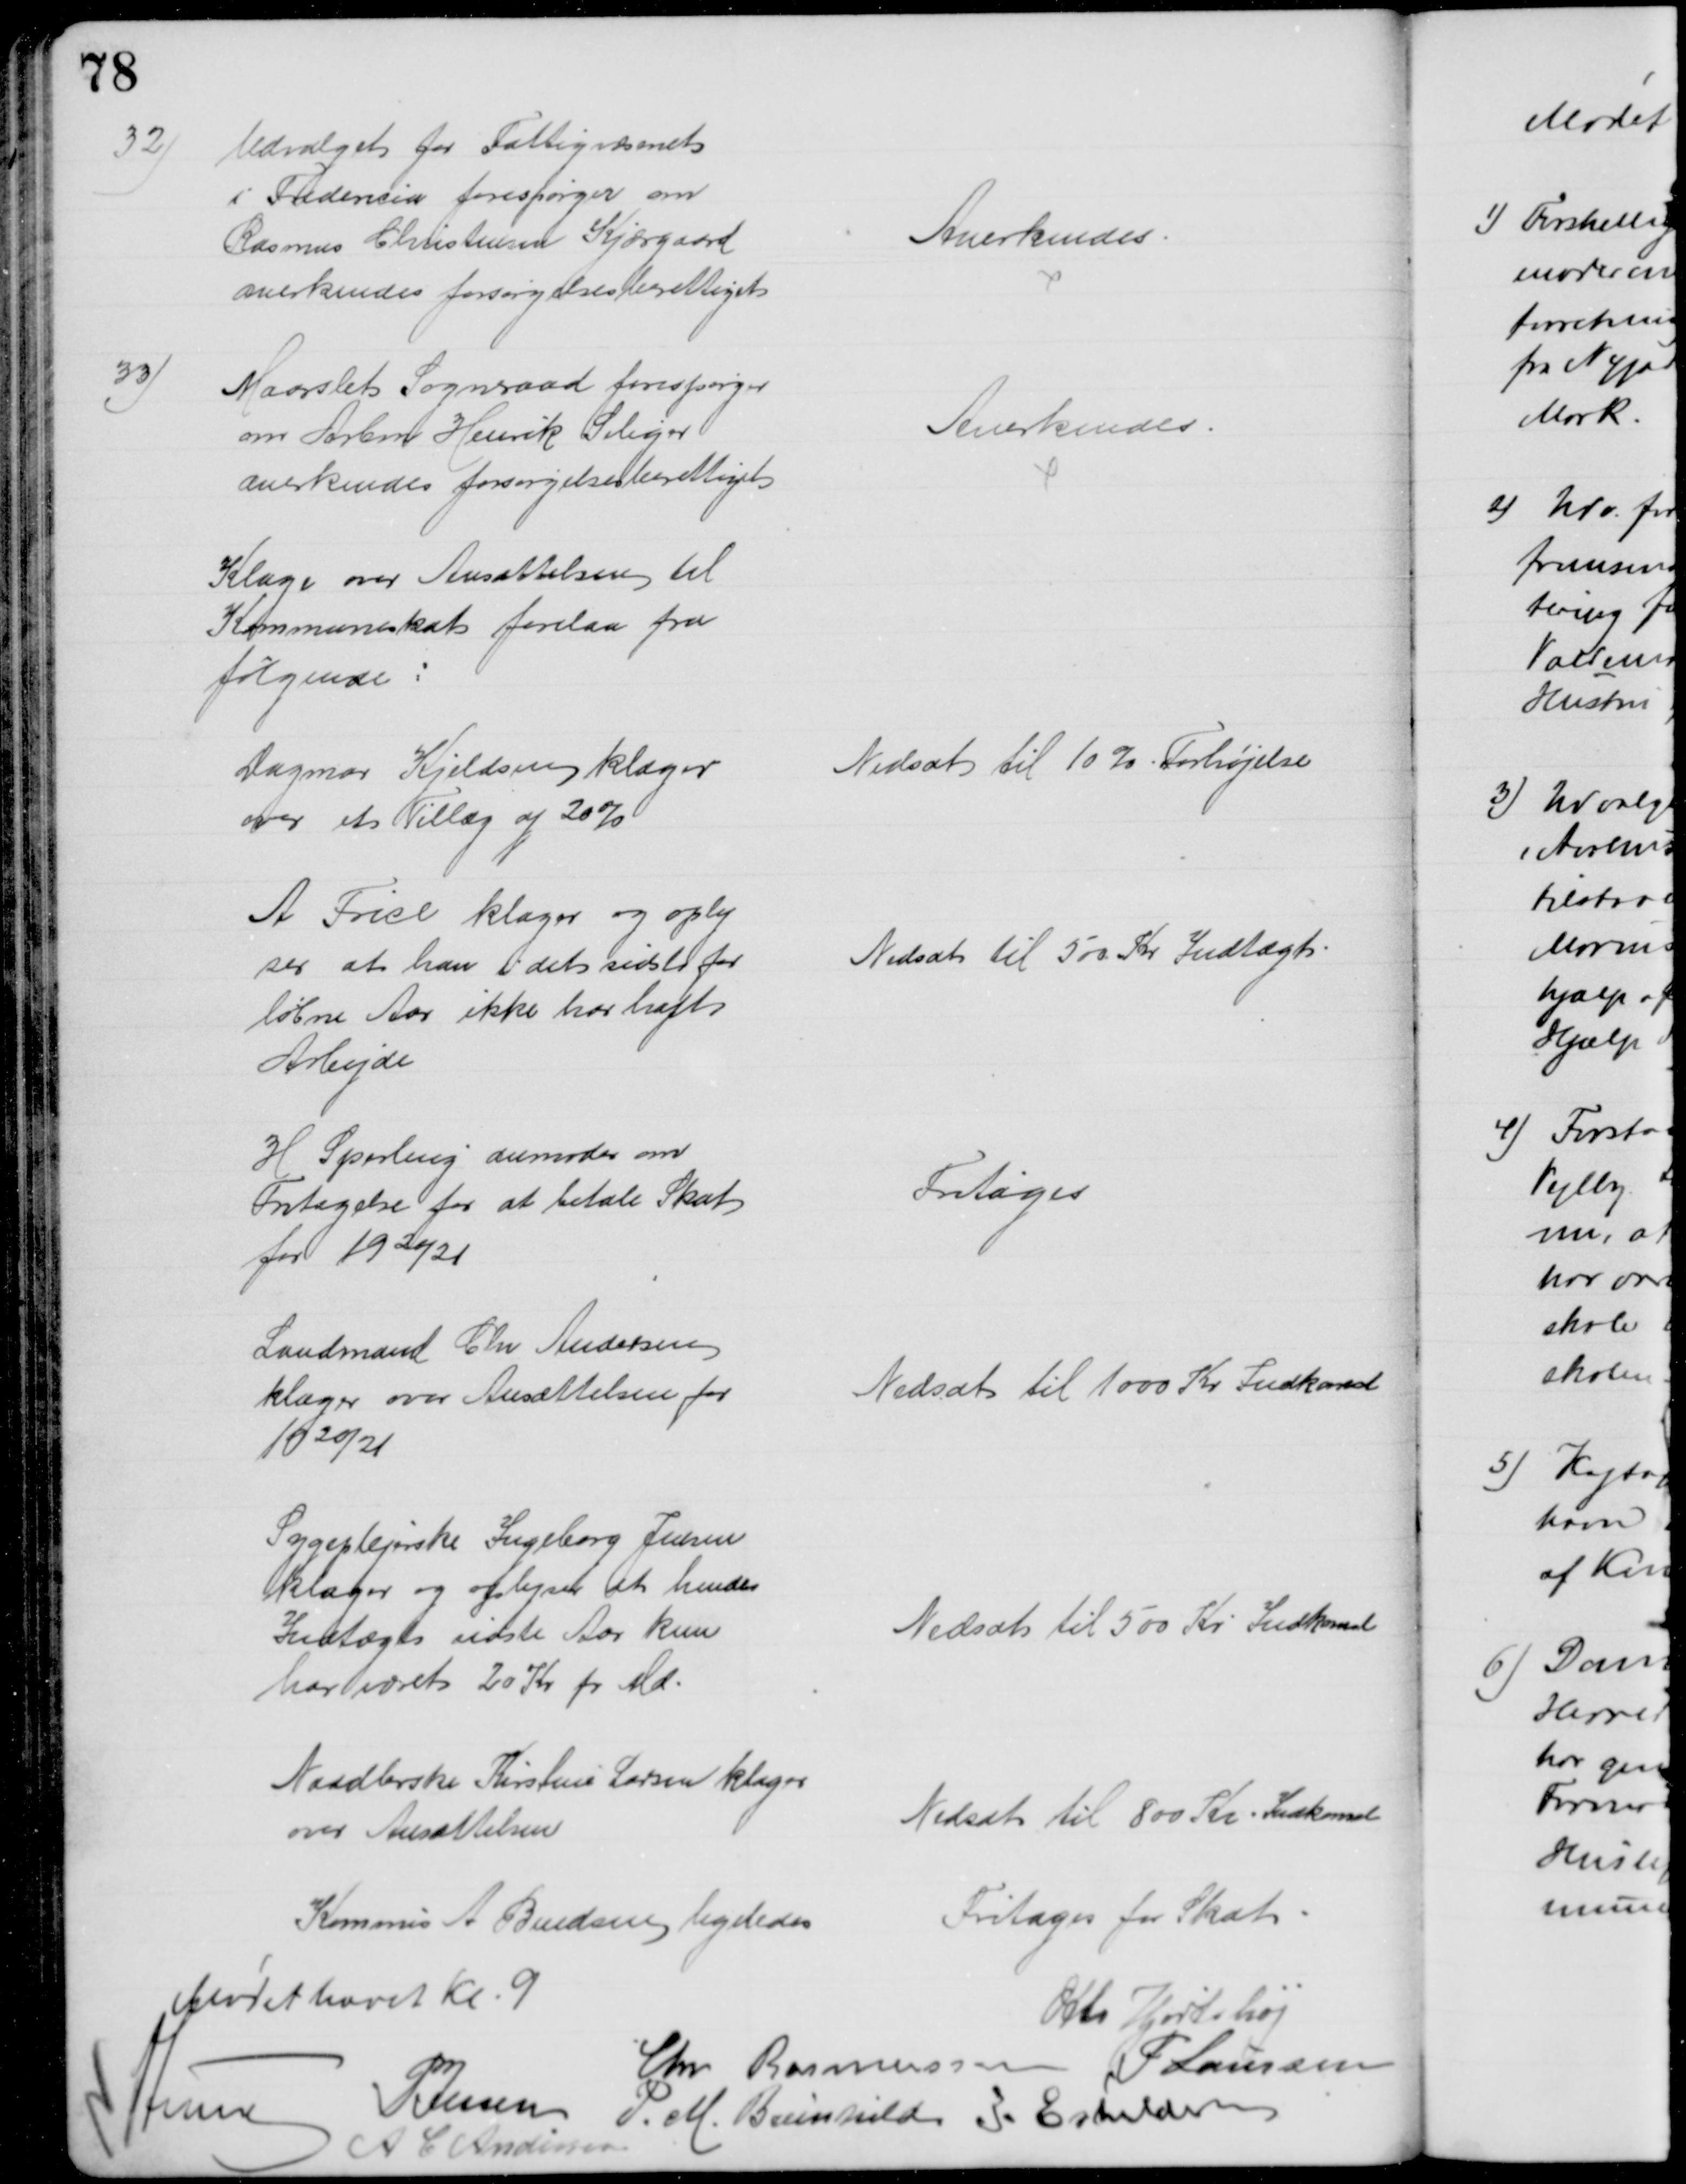
Transskription:
32)
Udvalget for Fattigvæsenet
i Fredericia forespørger om
Rasmus Christensen Kjærgaard
anerkendes forsørgelsesberettiget
Anerkendes.
33)
Maarslet Sogneraad forespørger
om Arbm Henrik Seliger
anerkendes forsørgelsesberettiget
Anerkendes.
Klage over Ansættelsen til
Kommuneskat forelaa fra
følgende:
Dagmar Kjeldsen klager
over et Tillæg af 20%
Nedsat til 10 % Forhøjelse
A Frice klager og oply
ser at han i det sidste for 
løbne Aar ikke har haft
Arbejde
Nedsat til 500 Kr Indtægt
H Sperling anmoder om
Fritagelse for at betale Skat
for 1920/21
Fritoges
Landmand Chr Andersen
klager over Ansættelsen for
1920/21
Nedsat til 1000 Kr Indkomst
Sygeslejerske Ingeborg Jensen
klager og oplyser at hendes
Indtægt sidste Aar kun
har været 20 Kr pr Md.
Nedsat til 500 Kr Indkomst
Naadlerske Kirstine Larsen klager
over Ansættelsen
Nedsat til 800 Kr Indkomst
Kommis A Bendsen ligeledes
Fritages for Skat
Mødet hævet Kl. 9
Otto Hjortshøj
Chr Rasmussen
P Laursen
A Lund
P Jessen
P. M. Breinhild
I. Eskildsen
A C Andersen